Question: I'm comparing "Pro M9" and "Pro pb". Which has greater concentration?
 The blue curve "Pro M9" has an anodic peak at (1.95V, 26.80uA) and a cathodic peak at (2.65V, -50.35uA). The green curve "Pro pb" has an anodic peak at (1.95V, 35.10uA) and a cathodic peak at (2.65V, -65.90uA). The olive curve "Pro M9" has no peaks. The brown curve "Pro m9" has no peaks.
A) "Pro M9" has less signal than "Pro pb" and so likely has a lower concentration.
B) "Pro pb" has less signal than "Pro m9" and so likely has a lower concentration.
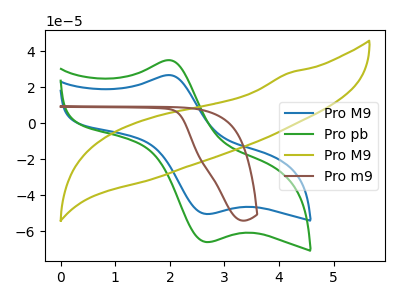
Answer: <think>All the peaks in "Pro M9" have a peak in "Pro pb" at the same potential. Every peak in "Pro M9" is lower than every peak in "Pro pb".
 </think>
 <answer>A) "Pro M9" has less signal than "Pro pb" and so likely has a lower concentration.</answer>
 <eval>A</eval>